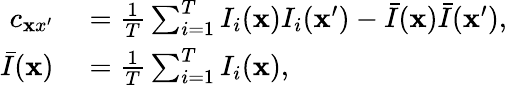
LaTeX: \begin{array}{rl}{c_{{\mathbf xx}^{\prime}}}&{{}=\frac{1}{T}\sum_{i=1}^{T}I_{i}({\mathbf x})I_{i}({\mathbf x}^{\prime})-\bar{I}({\mathbf x})\bar{I}({\mathbf x}^{\prime}),}\\ {\bar{I}({\mathbf x})}&{{}=\frac{1}{T}\sum_{i=1}^{T}I_{i}({\mathbf x}),}\end{array}